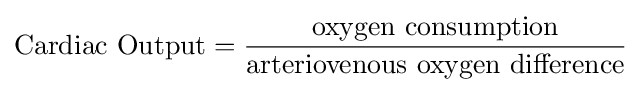
{\text{Cardiac Output}}={\frac {\text{oxygen consumption}}{\text{arteriovenous oxygen difference}}}